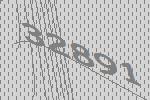
32891